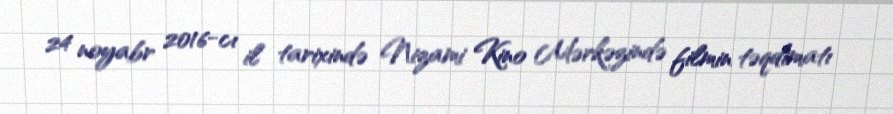
24 noyabr 2016-cı il tarixində Nizami Kino Mərkəzində filmin təqdimatı